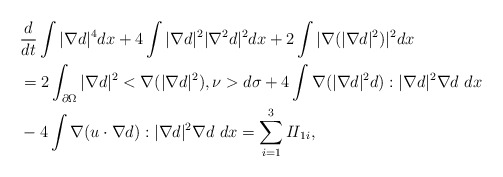
\begin{align*}\begin{aligned}&\frac{d}{dt}\int |\nabla d|^4dx+4\int |\nabla d|^2 |\nabla^2 d|^2dx+2\int |\nabla(|\nabla d|^2)|^2 dx\\&=2\int_{\partial \Omega} |\nabla d|^2<\nabla (|\nabla d|^2), \nu>d\sigma+4\int \nabla(|\nabla d|^2 d):|\nabla d|^2 \nabla d \ dx\\&-4\int \nabla (u \cdot \nabla d):|\nabla d|^2 \nabla d \ dx=\sum_{i=1}^3 {I\!I}_{1i},\end{aligned}\end{align*}